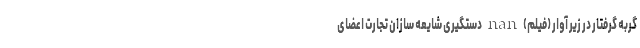
گربه گرفتار در زیر آوار (فیلم) nan دستگیری شایعه سازان تجارت اعضای